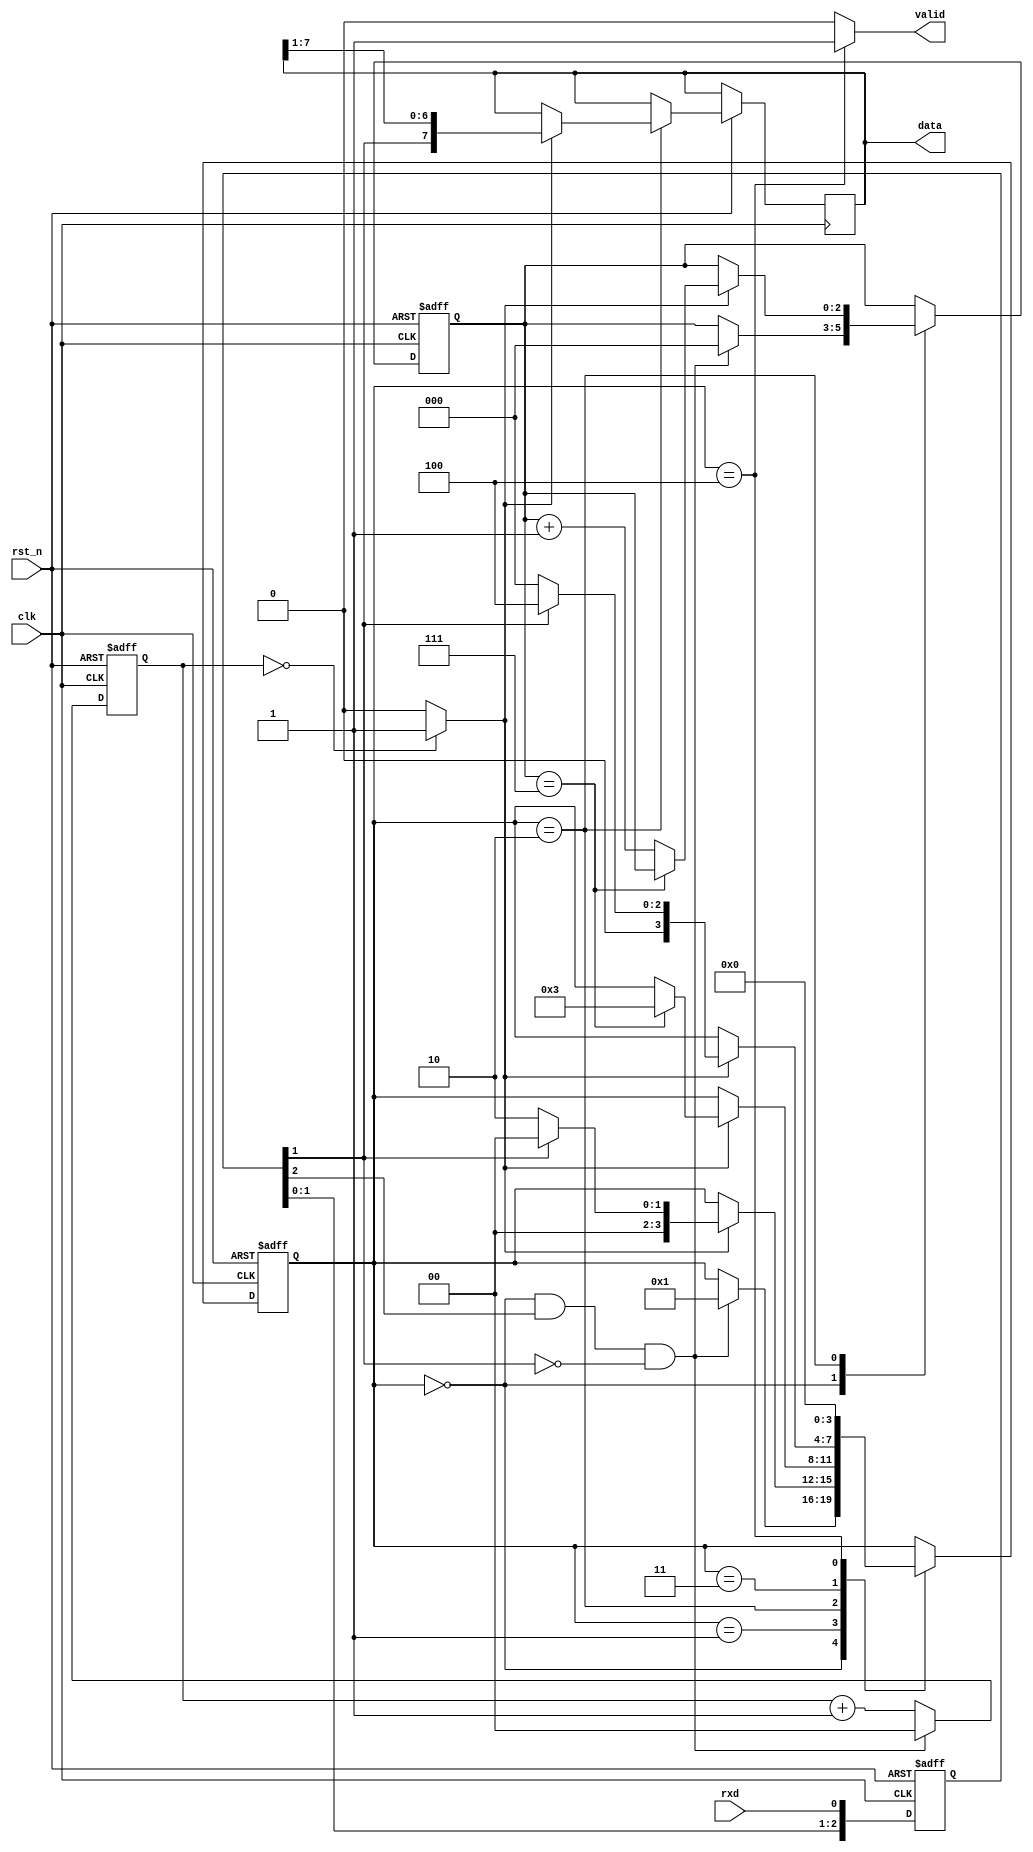
module uartcon_rx
  (
   input            rst_n,
   input            clk,

   input            rxd,

   output           valid,
   output reg [7:0] data
   );

   reg [2:0]    reg_rxd;
   reg [1:0]    sample_count;
   reg [2:0]    bit_count;
   reg [7:0]    rx_data;
   reg [3:0]    state;

   localparam S_IDLE    = 4'd0;
   localparam S_START   = 4'd1;
   localparam S_DATA    = 4'd2;
   localparam S_STOP    = 4'd3;
   localparam S_LAST    = 4'd4;

   wire         detect_startbit, sample_point;

   // Free MetasTable
   always @(posedge clk or negedge rst_n) begin
      if(!rst_n) begin
         reg_rxd[2:0] <= 3'd0;
      end else begin
         reg_rxd[2:0] <= {reg_rxd[1:0], rxd};
      end
   end

   // Detect Start Bit
   assign detect_startbit = (state == S_IDLE) && (reg_rxd[2] == 1'b1) && (reg_rxd[1] == 1'b0);

   // Sample Counter
   always @(posedge clk or negedge rst_n) begin
      if(!rst_n) begin
         sample_count[1:0] <= 2'd0;
      end else begin
         if(detect_startbit == 1'b1) begin
            sample_count[1:0] <= 2'd0;
         end else begin
            sample_count[1:0] <= sample_count[1:0] + 2'd1;
         end
      end
   end

   // Sample Point
   assign sample_point = (sample_count[1:0] == 2'd0)?1'b1:1'b0;

   always @(posedge clk or negedge rst_n) begin
      if(!rst_n) begin
         state <= S_IDLE;
         bit_count[2:0] <= 3'd0;
         rx_data[7:0] <= 8'd0;
      end else begin
         case(state)
           S_IDLE: begin
              if(detect_startbit == 1'b1) begin
                 state <= S_START;
                 bit_count[2:0] <= 3'd0;
              end
           end
           S_START: begin
              if(sample_point == 1'b1) begin
                 if(reg_rxd[1] == 1'b0) begin
                    // Start Bit
                    state <= S_DATA;
                 end else begin
                    // MetasTable?
                    state <= S_IDLE;
                 end
              end
           end
           S_DATA: begin
              if(sample_point == 1'b1) begin
                 data[7:0] <= {reg_rxd[1], data[7:1]};
                 if(bit_count[2:0] == 3'd7) begin
                    state <= S_STOP;
                 end else begin
                    bit_count[2:0] <= bit_count[2:0] + 3'd1;
                 end
              end
           end
           S_STOP: begin
              if(sample_point == 1'b1) begin
                 if(reg_rxd[1] == 1'b1) begin
                    state <= S_LAST;
                 end else begin
                    // Receive Error?
                    state <= S_IDLE;
                 end
              end
           end
           S_LAST: begin
              state <= S_IDLE;
           end
         endcase
      end
   end

   assign valid = (state == S_LAST)?1'b1:1'b0;

endmodule